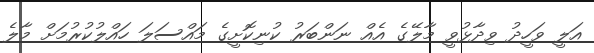
އަލީ ވަހީދު ވިދާޅުވީ މާލޭގެ އެއް ނަންބަރު ކުނިކޮށީގެ މައްސަލަ ހައްލުކުރުމަށް މާލެ